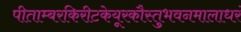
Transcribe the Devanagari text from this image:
पीताम्बरकिरीटकेयूरकौस्तुभवनमालाधरं